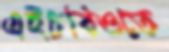
এইচবিওতে